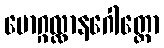
မောဂ္ဂလ္လာနဂေါတ္တော